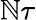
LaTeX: \mathbb{N}\tau